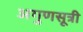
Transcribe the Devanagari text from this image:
अगुणसूत्री